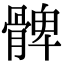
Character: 髀